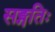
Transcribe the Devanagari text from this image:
सङ्गतिः